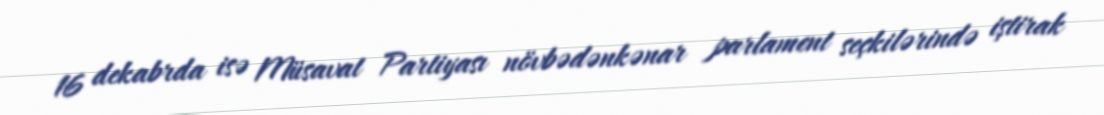
16 dekabrda isə Müsavat Partiyası növbədənkənar parlament seçkilərində iştirak